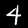
Digit: 4